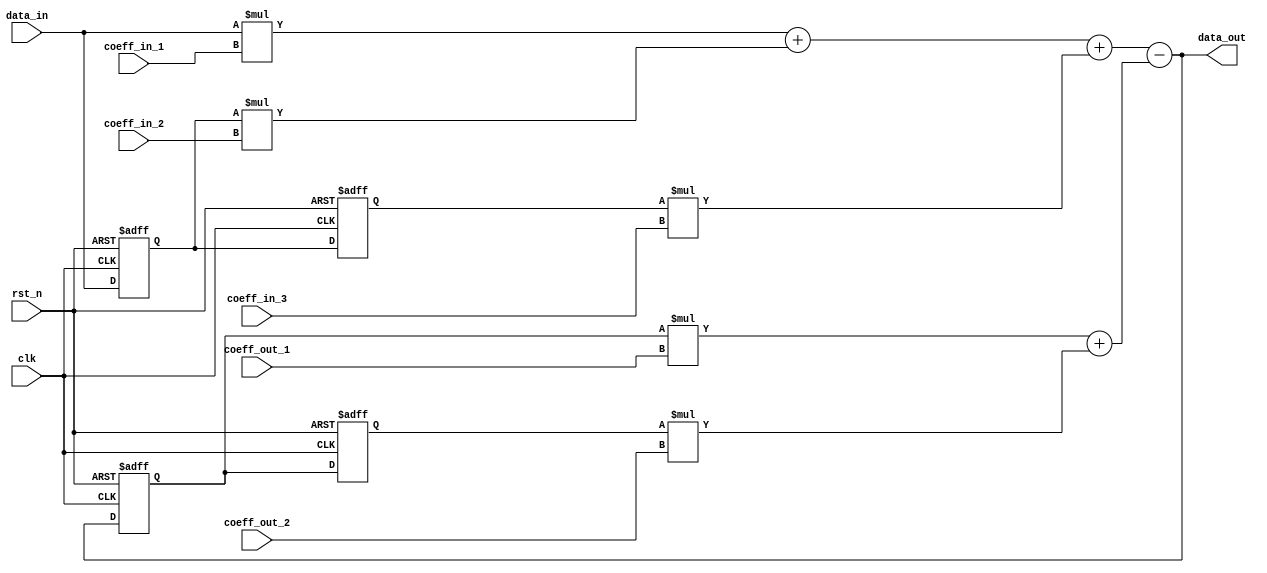
module iir_stage #(
    parameter DATA_BIT_NUM = 16
)(
    input wire clk,
    input wire rst_n,
    input wire signed [DATA_BIT_NUM-1:0] coeff_in_1,
    input wire signed [DATA_BIT_NUM-1:0] coeff_in_2,
    input wire signed [DATA_BIT_NUM-1:0] coeff_in_3,
    input wire signed [DATA_BIT_NUM-1:0] coeff_out_1,
    input wire signed [DATA_BIT_NUM-1:0] coeff_out_2,
    input wire signed [DATA_BIT_NUM-1:0] data_in,
    output wire signed [DATA_BIT_NUM-1:0] data_out
);
// Bin trng thi lu cc gi tr tr u vo v u ra
reg signed [DATA_BIT_NUM-1:0] x1 = 0, x2 = 0;
reg signed [DATA_BIT_NUM-1:0] y1 = 0, y2 = 0;

// Tnh ton phn feedforward ca IIR filter
wire signed [DATA_BIT_NUM-1:0] feedforward_part = (data_in * coeff_in_1) + (x1 * coeff_in_2) + (x2 * coeff_in_3);

// Tnh ton phn feedback ca IIR filter
wire signed [DATA_BIT_NUM-1:0] feedback_part = (y1 * coeff_out_1) + (y2 * coeff_out_2);

// Kt qu ca stage l s kt hp ca feedforward v feedback
wire signed [DATA_BIT_NUM-1:0] stage_result = feedforward_part - feedback_part;

always @(posedge clk or negedge rst_n) begin
    if (~rst_n) begin
        // Reset cc thanh ghi khi nhn tn hiu reset
        x1 <= 0; x2 <= 0;
        y1 <= 0; y2 <= 0;
    end else begin
        // Cp nht cc gi tr tr u vo v u ra
        x2 <= x1; x1 <= data_in;
        y2 <= y1; y1 <= stage_result;
    end
end
// u ra ca stage ny l kt qu ca php tr gia feedforward v feedback
assign data_out = stage_result;

endmodule